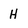
Character: H